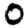
Digit: 0